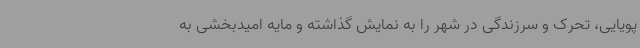
پویایی، تحرک و سرزندگی در شهر را به نمایش گذاشته و مایه امیدبخشی به